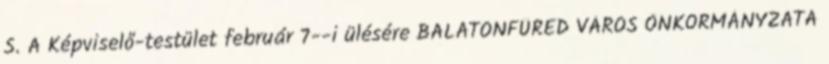
S. A Képviselő-testület február 7--i ülésére BALATONFÜRED VÁROS ÖNKORMÁNYZATA